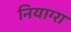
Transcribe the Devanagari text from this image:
नियाग्‍रा